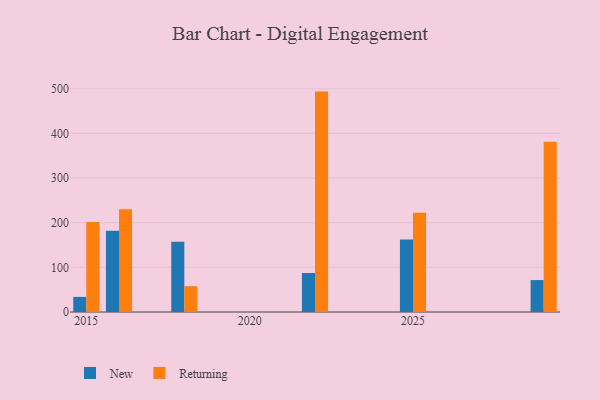
{"axis": {"x": "Year", "y": "Population (Million)"}, "legend": ["New", "Returning"], "data": [{"x": "2016", "y": 182.1, "type": "New"}, {"x": "2016", "y": 229.8, "type": "Returning"}, {"x": "2022", "y": 87.3, "type": "New"}, {"x": "2022", "y": 493.5, "type": "Returning"}, {"x": "2025", "y": 162.5, "type": "New"}, {"x": "2025", "y": 222.0, "type": "Returning"}, {"x": "2015", "y": 33.8, "type": "New"}, {"x": "2015", "y": 201.3, "type": "Returning"}, {"x": "2018", "y": 157.3, "type": "New"}, {"x": "2018", "y": 57.8, "type": "Returning"}, {"x": "2029", "y": 71.5, "type": "New"}, {"x": "2029", "y": 381.1, "type": "Returning"}]}